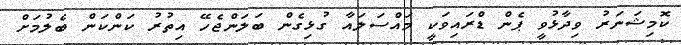
ކޮމިޝަނަރު ވިދާޅުވީ ޕެން ޑްރައިވަކީ މައްސަލައާ ގުޅިގެން ބަލަންޖެހޭ އިތުރު ކަންކަން ބެލުމަށް